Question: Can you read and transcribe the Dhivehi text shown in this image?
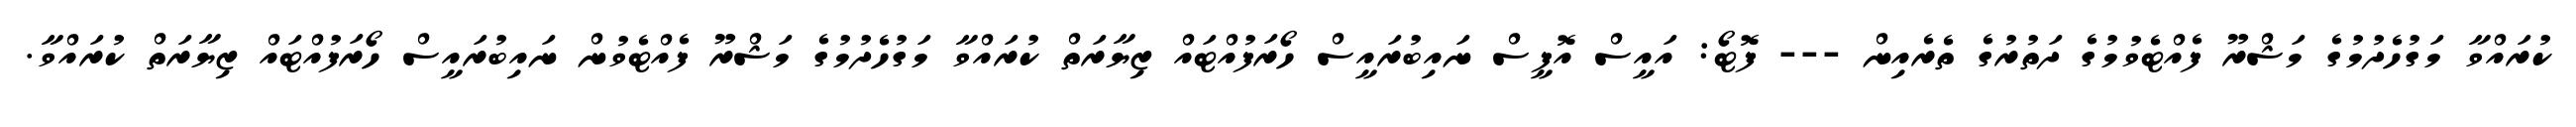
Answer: ކުރައްވާ މަގުހެދުމުގެ މަޝްރޫ ފެއްޓެވުމުގެ ދަތުރުގެ ތެރެއިން --- ފޮޓޯ: އައީސް އޮފީސް ނައިބުރައީސް ހޯރަފުއްޓައް ޒިޔާރަތް ކުރައްވާ މަގުހެދުމުގެ މަޝްރޫ ފެއްޓެވުން ނައިބުރައީސް ހޯރަފުއްޓައް ޒިޔާރަތް ކުރައްވާ.